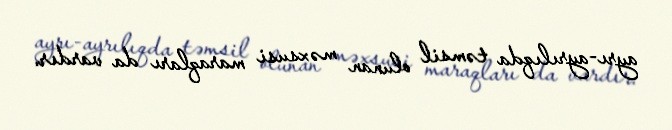
ayrı-ayrılıqda təmsil olunan məxsusi maraqları da vardır.